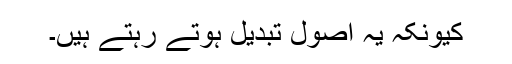
کیونکہ یہ اصول تبدیل ہوتے رہتے ہیں۔